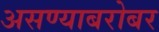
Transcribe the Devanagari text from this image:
असण्याबरोबर